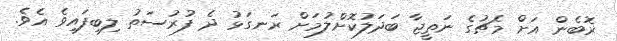
ރޮބެން އަށް މެޗުގެ ނަތީޖާ ބަދަލުކޮށްލުމަށް ރަނގަޅު ދެ ފުރުސަތު ލިބިފައިވެ އެވެ.